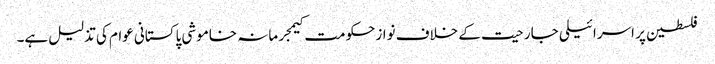
فلسطین پر اسرائیلی جارحیت کے خلاف نوازحکومت کیمجرمانہ خاموشی پاکستانی عوام کی تذلیل ہے۔